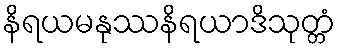
နိရယမနုဿနိရယာဒိသုတ္တံ